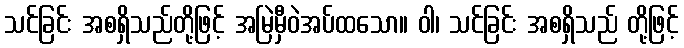
သင်ခြင်း အစရှိသည်တို့ဖြင့် အမြဲမှီဝဲအပ်ထသော။ ဝါ၊ သင်ခြင်း အစရှိသည် တို့ဖြင့်